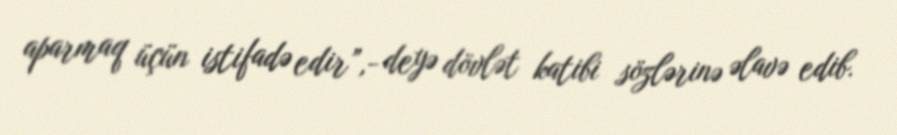
aparmaq üçün istifadə edir”,- deyə dövlət katibi sözlərinə əlavə edib.